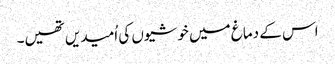
اس کے دماغ میں خوشیوں کی اُمیدیں تھیں۔